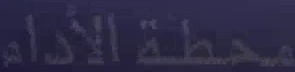
محطة-الأدام